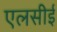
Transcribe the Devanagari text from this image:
एलसीई